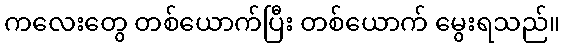
ကလေးတွေ တစ်ယောက်ပြီး တစ်ယောက် မွေးရသည်။